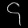
Digit: ၄